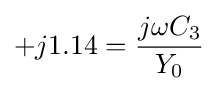
+j1.14={\frac {j\omega C_{3}}{Y_{0}}}